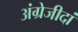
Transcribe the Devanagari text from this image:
अंग्रेजीदां